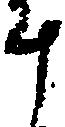
斗